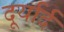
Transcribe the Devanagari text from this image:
दूर्यार्द